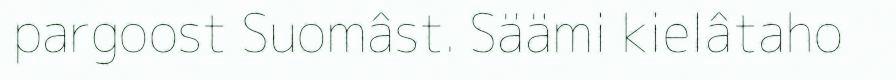
pargoost Suomâst. Säämi kielâtaho